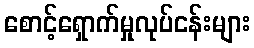
စောင့်ရှောက်မှုလုပ်ငန်းများ